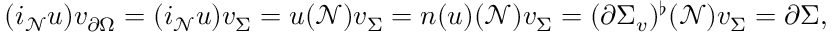
( i _ { \mathcal { N } } u ) v _ { \partial \Omega } = ( i _ { \mathcal { N } } u ) v _ { \Sigma } = u ( \mathcal { N } ) v _ { \Sigma } = \boldsymbol { n } ( u ) ( \mathcal { N } ) v _ { \Sigma } = ( \partial \Sigma _ { v } ) ^ { \flat } ( \mathcal { N } ) v _ { \Sigma } = \partial \Sigma ,